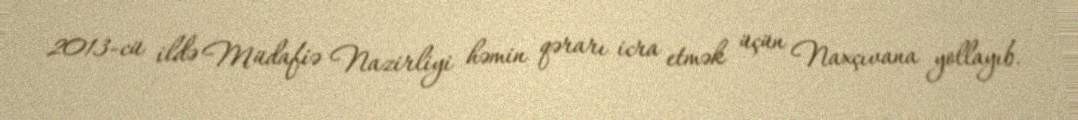
2013-cü ildə Müdafiə Nazirliyi həmin qərarı icra etmək üçün Naxçıvana yollayıb.